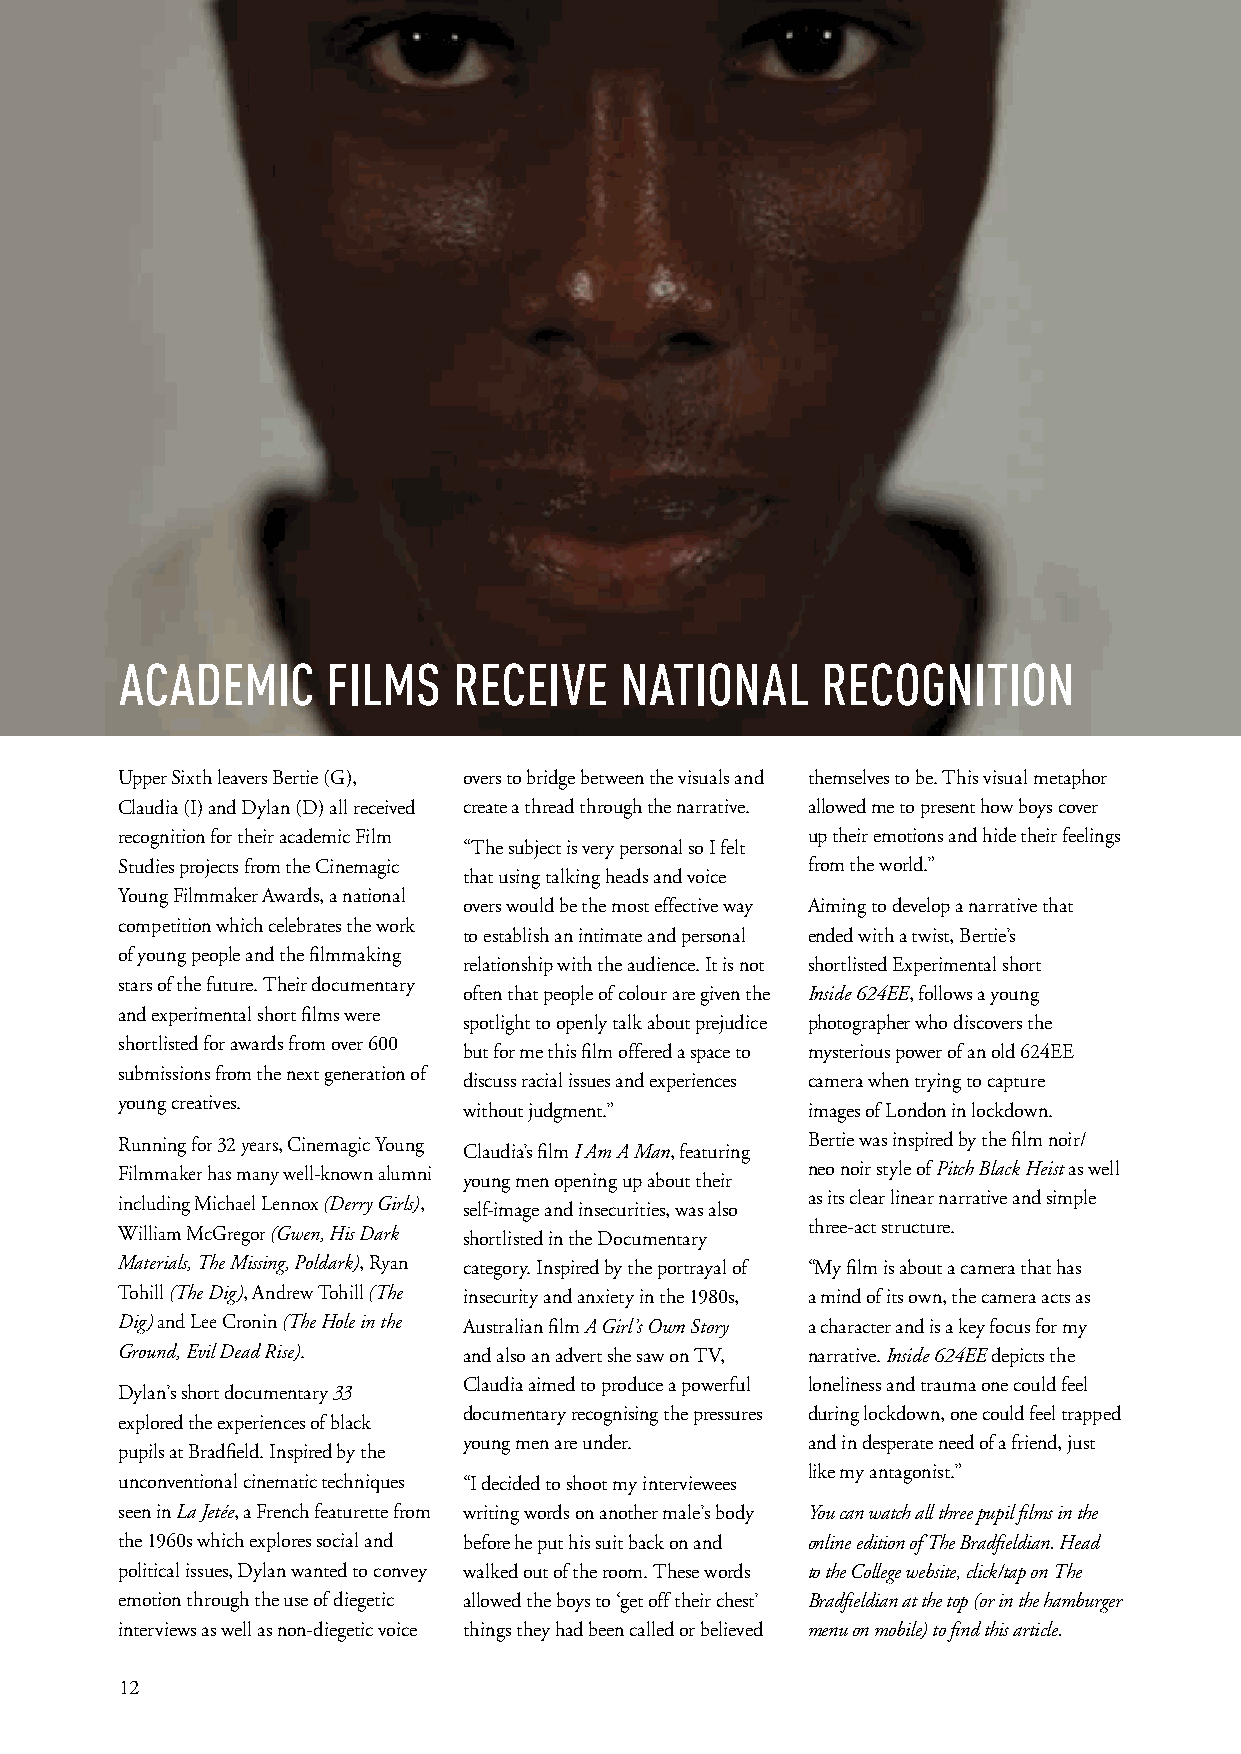
ACADEMIC      FILMS   RECEIVE    NATIONAL     RECOGNITION
 Upper Sixth leavers Bertie (G), overs to bridge between the visuals and themselves to be. This visual metaphor
 Claudia (I) and Dylan (D) all received create a thread through the narrative. allowed me to present how boys cover
 recognition for their academic Film          up their emotions and hide their feelings
 “The subject is very personal so I felt
 Studies projects from the Cinemagic          from the world.”
 that using talking heads and voice
 Young Filmmaker Awards, a national
 overs would be the most effective way Aiming to develop a narrative that
 competition which celebrates the work
 to establish an intimate and personal ended with a twist, Bertie’s
 of young people and the filmmaking
 relationship with the audience. It is not shortlisted Experimental short
 stars of the future. Their documentary
 often that people of colour are given the Inside 624EE, follows a young
 and experimental short films were
 spotlight to openly talk about prejudice photographer who discovers the
 shortlisted for awards from over 600
 but for me this film offered a space to mysterious power of an old 624EE
 submissions from the next generation of
 discuss racial issues and experiences camera when trying to capture
 young creatives.
 without judgment.”    images of London in lockdown.
 Running for 32 years, Cinemagic Young        Bertie was inspired by the film noir/
 Claudia’s film I Am A Man, featuring
 Filmmaker has many well-known alumni         neo noir style of Pitch Black Heist as well
 young men opening up about their
 including Michael Lennox (Derry Girls), self-image and insecurities, was also as its clear linear narrative and simple
 three-act structure.
 William McGregor (Gwen, His Dark shortlisted in the Documentary
 Materials, The Missing, Poldark), Ryan category. Inspired by the portrayal of “My film is about a camera that has
 Tohill (The Dig), Andrew Tohill (The insecurity and anxiety in the 1980s, a mind of its own, the camera acts as
 Dig) and Lee Cronin (The Hole in the Australian film A Girl’s Own Story a character and is a key focus for my
 Ground, Evil Dead Rise). and also an advert she saw on TV, narrative. Inside 624EE depicts the
 Claudia aimed to produce a powerful loneliness and trauma one could feel
 Dylan’s short documentary 33
 documentary recognising the pressures during lockdown, one could feel trapped
 explored the experiences of black
 young men are under.  and in desperate need of a friend, just
 pupils at Bradfield. Inspired by the
 like my antagonist.”
 unconventional cinematic techniques “I decided to shoot my interviewees
 seen in La Jetée, a French featurette from writing words on another male’s body You can watch all three pupil films in the
 the 1960s which explores social and before he put his suit back on and online edition of The Bradfieldian. Head
 political issues, Dylan wanted to convey walked out of the room. These words to the College website, click/tap on The
 emotion through the use of diegetic allowed the boys to ‘get off their chest’ Bradfieldian at the top (or in the hamburger
 interviews as well as non-diegetic voice things they had been called or believed menu on mobile) to find this article.
 12